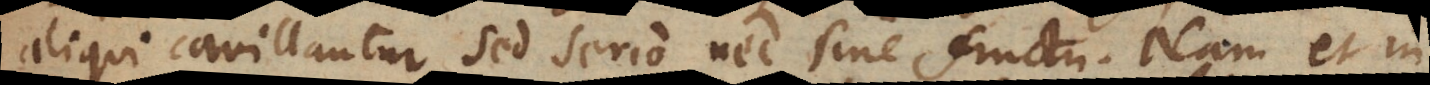
aliqui cavillantur, sed serio nec sine fructu. Nam et in